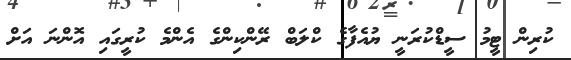
ކުރިން ޓީމު ސީޑްކުރަނީ ޔުއެފާގެ ކްލަބް ރޭންކިންގެ އެންމެ ކުރީގައި އޮންނަ އަށް